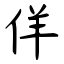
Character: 佯